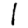
Digit: 1